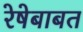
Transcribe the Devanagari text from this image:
रेषेबाबत